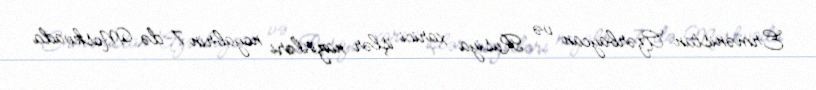
Ermənistan-Azərbaycan və Rusiya xarici işlər nazirləri noyabrın 7-də Moskvada